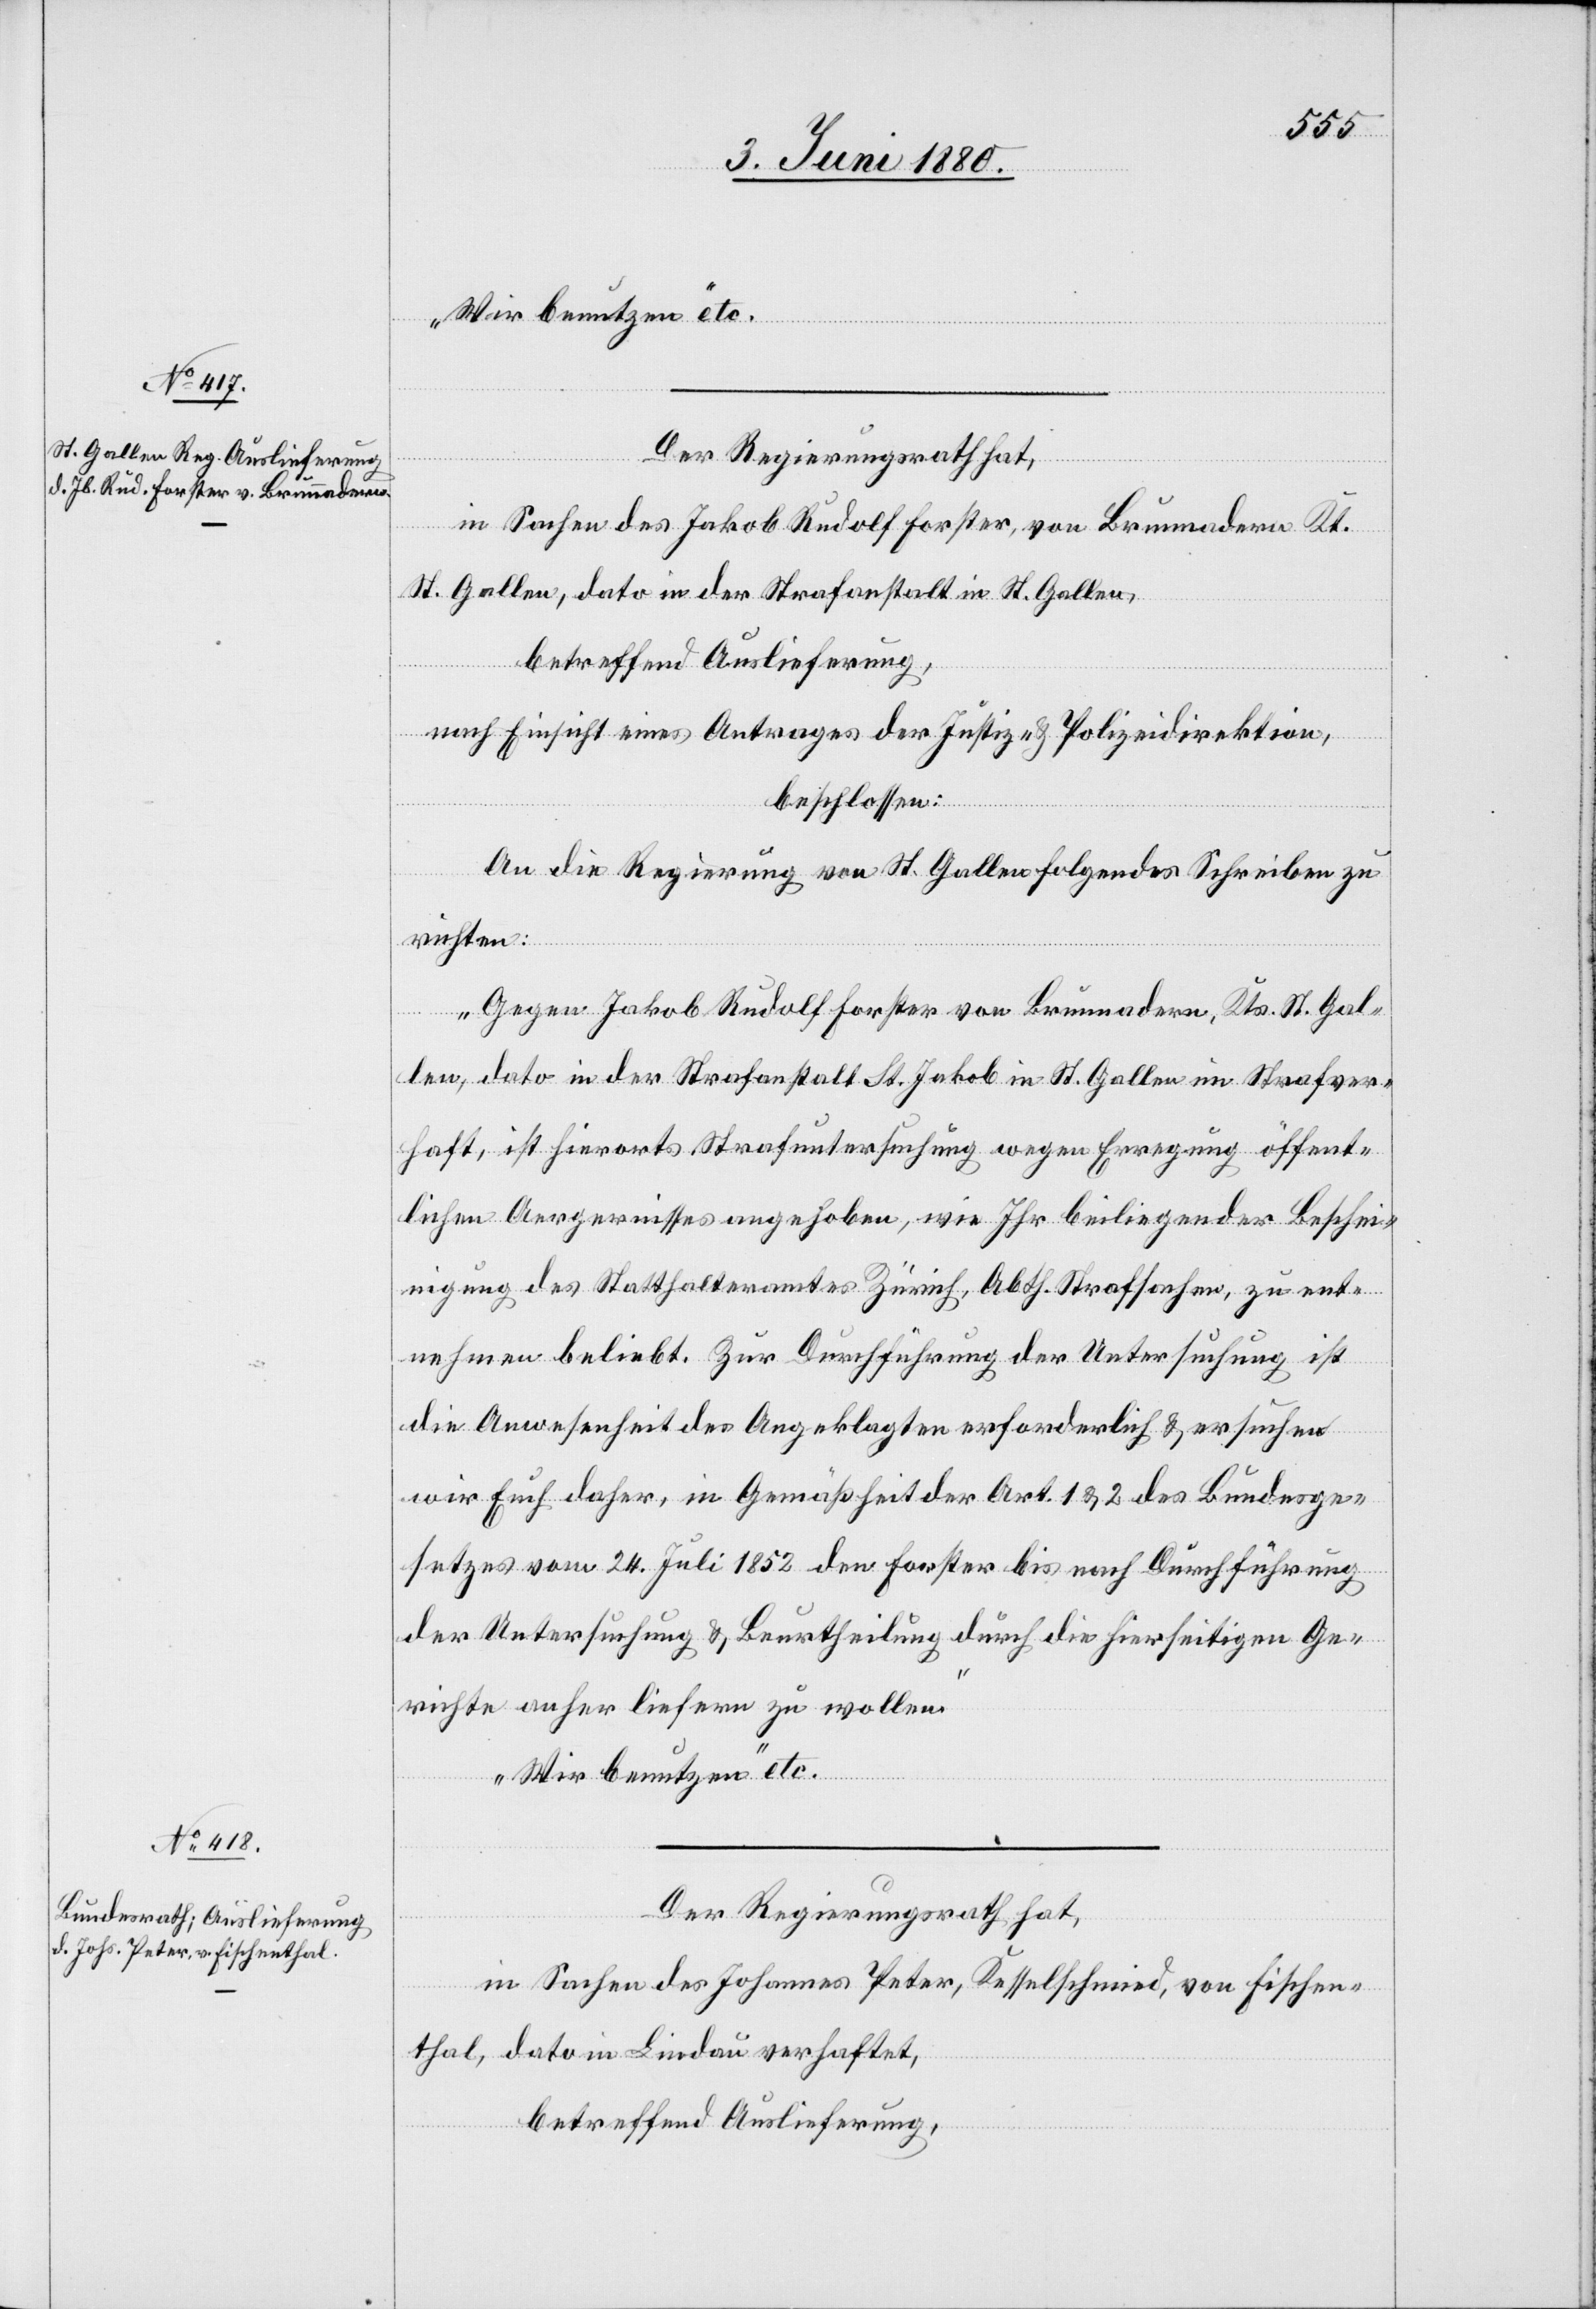
Wir benutzen“ etc.
Der Regierungsrath hat,
in Sachen des Jakob Rudolf Forster, von Brunnadern Kt.
St. Gallen, dato in der Strafanstalt in St. Gallen,
nach Einsicht eines Antrages der Justiz- & Polizeidirektion,
beschlossen:
An die Regierung von St. Gallen folgendes Schreiben zu
richten:
„Gegen Jakob Rudolf Forster von Brunnadern, Kts. St. Gal¬
len, dato in der Strafanstalt St. Jakob in St. Gallen im Strafver¬
haft, ist hierorts Strafuntersuchung wegen Erregung öffent¬
lichen Aergernisses angehoben, wie Ihr beiliegender Beschei¬
nigung des Statthalteramtes Zürich, Abth. Strafsachen, zu ent¬
nehmen beliebt. Zur Durchführung der Untersuchung ist
die Anwesenheit des Angeklagten erforderlich & ersuchen
wir Euch daher, in Gemäßheit der Art. 1 & 2 des Bundesge¬
setzes vom 24. Juli 1852 den Forster bis nach Durchführung
der Untersuchung & Beurtheilung durch die hierseitigen Ge¬
richte anher liefern zu wollen.
in Sachen des Johannes Peter, Kesselschmied, von Fischen¬
thal, dato in Lindau verhaftet,
betreffend Auslieferung,